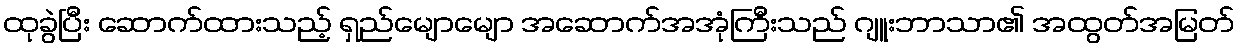
ထုခွဲပြီး ဆောက်ထားသည့် ရှည်မျောမျော အဆောက်အအုံကြီးသည် ဂျူးဘာသာ၏ အထွတ်အမြတ်